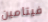
فيتامين